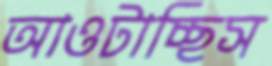
আওটাচ্ছিস